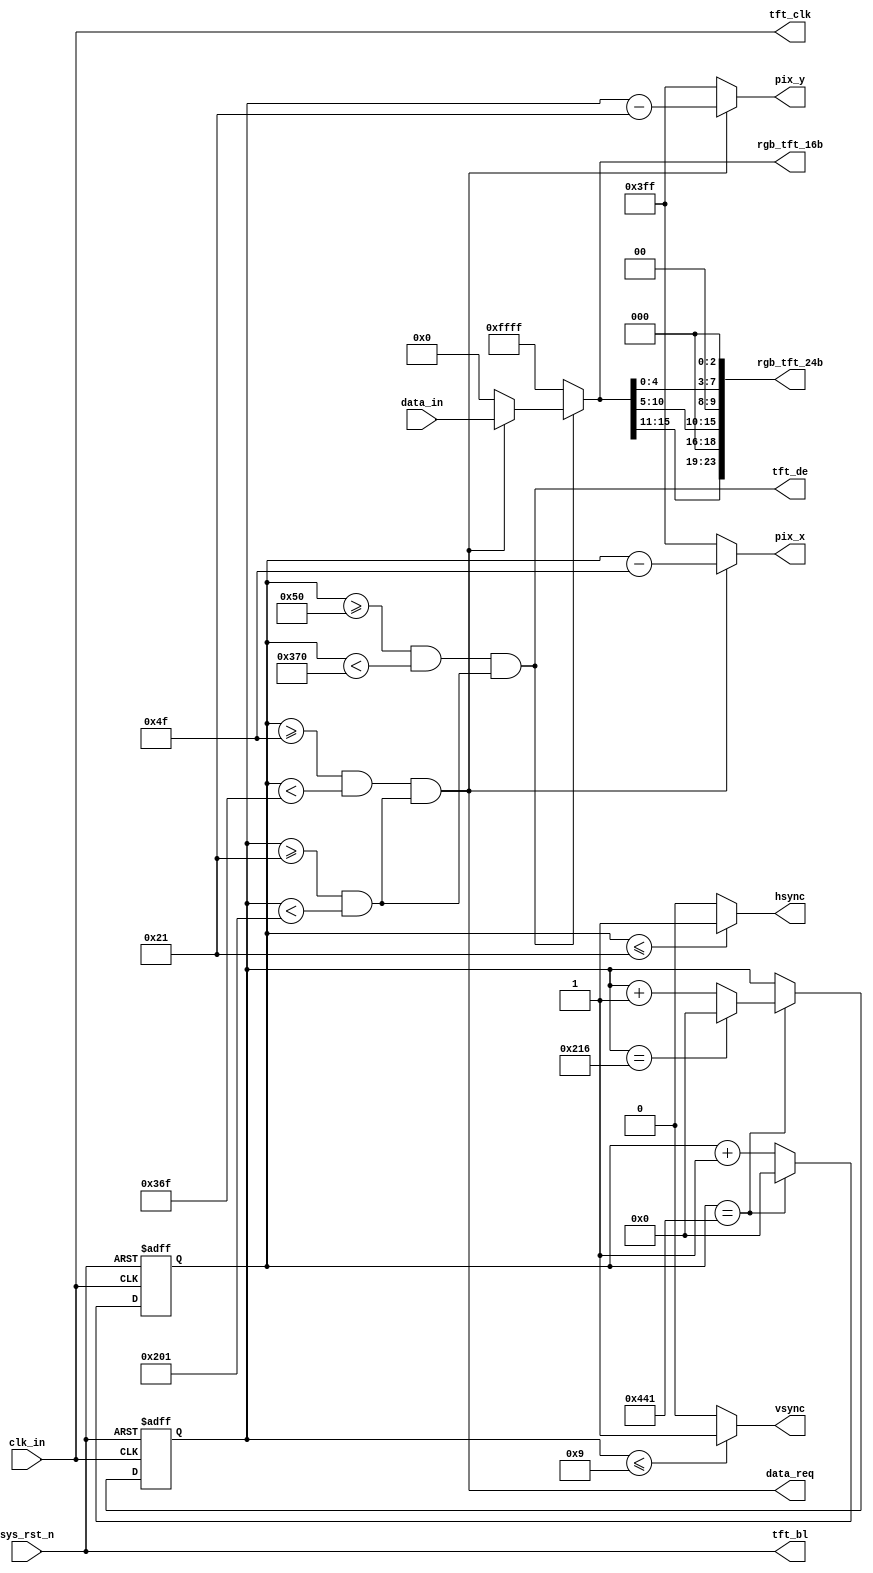
`timescale  1ns/1ns




module  tft_ctrl
(
    input   wire            clk_in      ,   //
    input   wire            sys_rst_n   ,   //,
    input   wire    [15:0]  data_in     ,   //

    output  wire            data_req    ,   //
    output  wire    [10:0]  pix_x       ,   //TFTX
    output  wire    [10:0]  pix_y       ,   //TFTY
    output  wire    [15:0]  rgb_tft_16b ,   //TFT
    output  wire    [23:0]  rgb_tft_24b ,   //TFT
    output  wire            hsync       ,   //TFT
    output  wire            vsync       ,   //TFT
    output  wire            tft_clk     ,   //TFT
    output  wire            tft_de      ,   //TFT
    output  wire            tft_bl          //TFT
);

//********************************************************************//
//****************** Parameter and Internal Signal *******************//
//********************************************************************//

//parameter define  5
parameter   H_SYNC      =   11'd34  ,   //
            H_BACK      =   11'd46  ,   //
            H_LEFT      =   11'd0   ,   //
            H_VALID     =   11'd800 ,   //
            H_RIGHT     =   11'd0   ,   //
            H_FRONT     =   11'd210 ,   //
            H_TOTAL     =   11'd1090;   //
            
parameter   V_SYNC      =   11'd10  ,   //
            V_BACK      =   11'd23  ,   //
            V_TOP       =   11'd0   ,   //
            V_VALID     =   11'd480 ,   //
            V_BOTTOM    =   11'd0   ,   //
            V_FRONT     =   11'd22  ,   //
            V_TOTAL     =   11'd535 ;   //
//parameter define  4.3
// parameter H_SYNC    =   10'd41  ,   //
          // H_BACK    =   10'd2   ,   //
          // H_LEFT      =   11'd0   ,   //
          // H_VALID   =   10'd480 ,   //
          // H_FRONT   =   10'd2   ,   //
          // H_RIGHT     =   11'd0   ,   //
          // H_TOTAL   =   10'd525 ;   //
// parameter V_SYNC    =   10'd10  ,   //
          // V_BACK    =   10'd2   ,   //
          // V_TOP       =   11'd0   ,   //
          // V_VALID   =   10'd272 ,   //
          // V_FRONT   =   10'd2   ,   //
          // V_BOTTOM    =   11'd0   ,   //
          // V_TOTAL   =   10'd286 ;   //


parameter   H_PIXEL     =   11'd800 ,   //
            V_PIXEL     =   11'd480 ;   //
parameter   H_BLACK     =   ((H_VALID - H_PIXEL) / 2),  //
            V_BLACK     =   ((V_VALID - V_PIXEL) / 2);  //

//wire  define
wire            data_valid  ;   //
wire    [15:0]  data_out    ;   //
wire    [15:0]  tft_rgb_16b ;
wire    [23:0]  tft_rgb_24b ;
wire    [7:0]   rgb_r;
wire    [7:0]   rgb_g;
wire    [7:0]   rgb_b;


//reg   define
reg     [10:0]   cnt_h       ;   //
reg     [10:0]   cnt_v       ;   //
reg             data_req_dly;   //

//********************************************************************//
//***************************** Main Code ****************************//
//********************************************************************//

//tft_clk,tft_de,tft_bl:TFT
assign  tft_clk = clk_in    ;
assign  tft_de  = data_valid;
assign  tft_bl  = sys_rst_n ;

//cnt_h:
always@(posedge clk_in or negedge sys_rst_n)
    if(sys_rst_n == 1'b0)
        cnt_h   <=  11'd0;
    else    if(cnt_h == H_TOTAL - 1'b1)
        cnt_h   <=  11'd0;
    else
        cnt_h   <=  cnt_h + 10'd1;

//cnt_v:
always@(posedge clk_in or negedge sys_rst_n)
    if(sys_rst_n == 1'b0)
        cnt_v   <=  11'd0;
    else    if(cnt_h == H_TOTAL - 1'b1) 
    begin
        if(cnt_v == V_TOTAL - 1'b1)
            cnt_v   <=  11'd0;
        else
            cnt_v   <=  cnt_v + 10'd1;
    end
    else 
        cnt_v   <=  cnt_v;
        


//data_valid:
assign  data_valid = ((cnt_h >= (H_SYNC + H_BACK + H_LEFT))
                    && (cnt_h < (H_SYNC + H_BACK + H_LEFT + H_VALID )))
                    &&((cnt_v >= (V_SYNC + V_BACK + V_TOP))
                    && (cnt_v < (V_SYNC + V_BACK + V_TOP + V_VALID)));

//data_req:
assign  data_req = ((cnt_h >= (H_SYNC + H_BACK + H_LEFT + H_BLACK - 1'b1)) 
                    && (cnt_h < ((H_SYNC + H_BACK + H_LEFT + H_BLACK + H_PIXEL - 1'b1))))
                    &&((cnt_v >= ((V_SYNC + V_BACK + V_TOP + V_BLACK)))
                    && (cnt_v < ((V_SYNC + V_BACK + V_TOP + V_BLACK + V_PIXEL))));



assign  pix_x = (data_req == 1'b1)
                ? (cnt_h - (H_SYNC + H_BACK + H_LEFT - 1'b1)) : 11'h3ff;
assign  pix_y = (data_req == 1'b1)
                ? (cnt_v - (V_SYNC + V_BACK + V_TOP)) : 11'h3ff;

//data_out:
assign  data_out = (data_req == 1'b1) ? data_in : 16'h0000;

//hsync,vsync,rgb_tft_16b:
assign  rgb_tft_16b = (data_valid == 1'b0) ? 16'hFFFF : data_out;
assign  hsync = (cnt_h  <=  H_SYNC - 1'd1) ? 1'b1 : 1'b0  ;
assign  vsync = (cnt_v  <=  V_SYNC - 1'd1) ? 1'b1 : 1'b0  ;

//rgb16 565rgb24 888
assign rgb_r={rgb_tft_16b[15:11],3'd0};
assign rgb_g={rgb_tft_16b[10:5],2'd0};
assign rgb_b={rgb_tft_16b[4:0],3'd0}; 

assign rgb_tft_24b={rgb_r,rgb_g,rgb_b};


endmodule